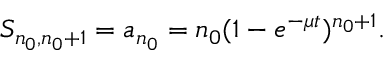
\begin{array} { r } { S _ { n _ { 0 } , n _ { 0 } + 1 } = a _ { n _ { 0 } } = n _ { 0 } ( 1 - e ^ { - \mu t } ) ^ { n _ { 0 } + 1 } . } \end{array}